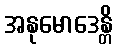
အနုမောဒေန္တိ